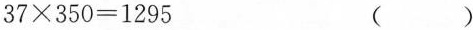
$$3 7 \times 3 5 0 = 1 2 9 5$$()